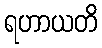
ရဟာယတိ